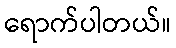
ရောက်ပါတယ်။